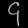
Digit: ၄